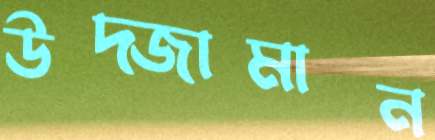
উদ্জামান